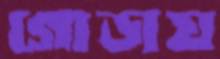
গোড়ায়